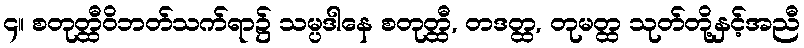
၄။ စတုတ္ထီဝိဘတ်သက်ရာ၌ သမ္ပဒါနေ စတုတ္ထီ, တဒတ္ထ, တုမတ္ထ သုတ်တို့နှင့်အညီ